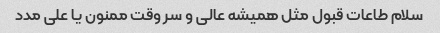
سلام طاعات قبول مثل همیشه عالی و سر وقت ممنون یا علی مدد